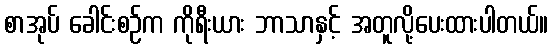
စာအုပ် ခေါင်းစဉ်က ကိုရီးယား ဘာသာနှင့် အတူလို့ပေးထားပါတယ်။